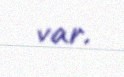
var.